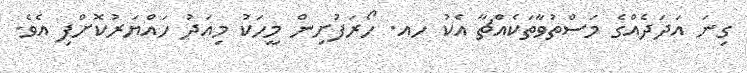
ގިނަ އަދަދެއްގެ މަސްތުވާތަކެއްޗާ އެކު ހއ. ހޯރަފުށިން މީހަކު މިއަދު ހައްޔަރުކޮށްފި އެވެ.